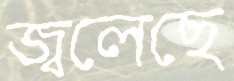
জ্বলেছে